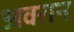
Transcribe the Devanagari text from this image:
अवरान